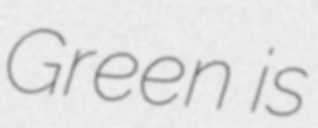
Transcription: Green is